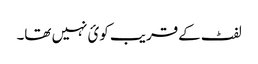
لفٹ کےقریب کوئ نہیں تھا۔